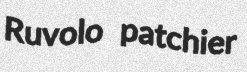
Ruvolo patchier